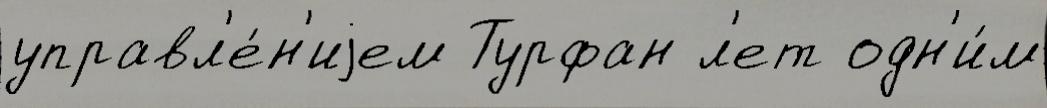
управл'е́н'иjем Турфан л'ет одн'и́м